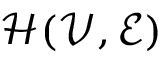
\mathcal { H } ( \mathcal { V } , \mathcal { E } )